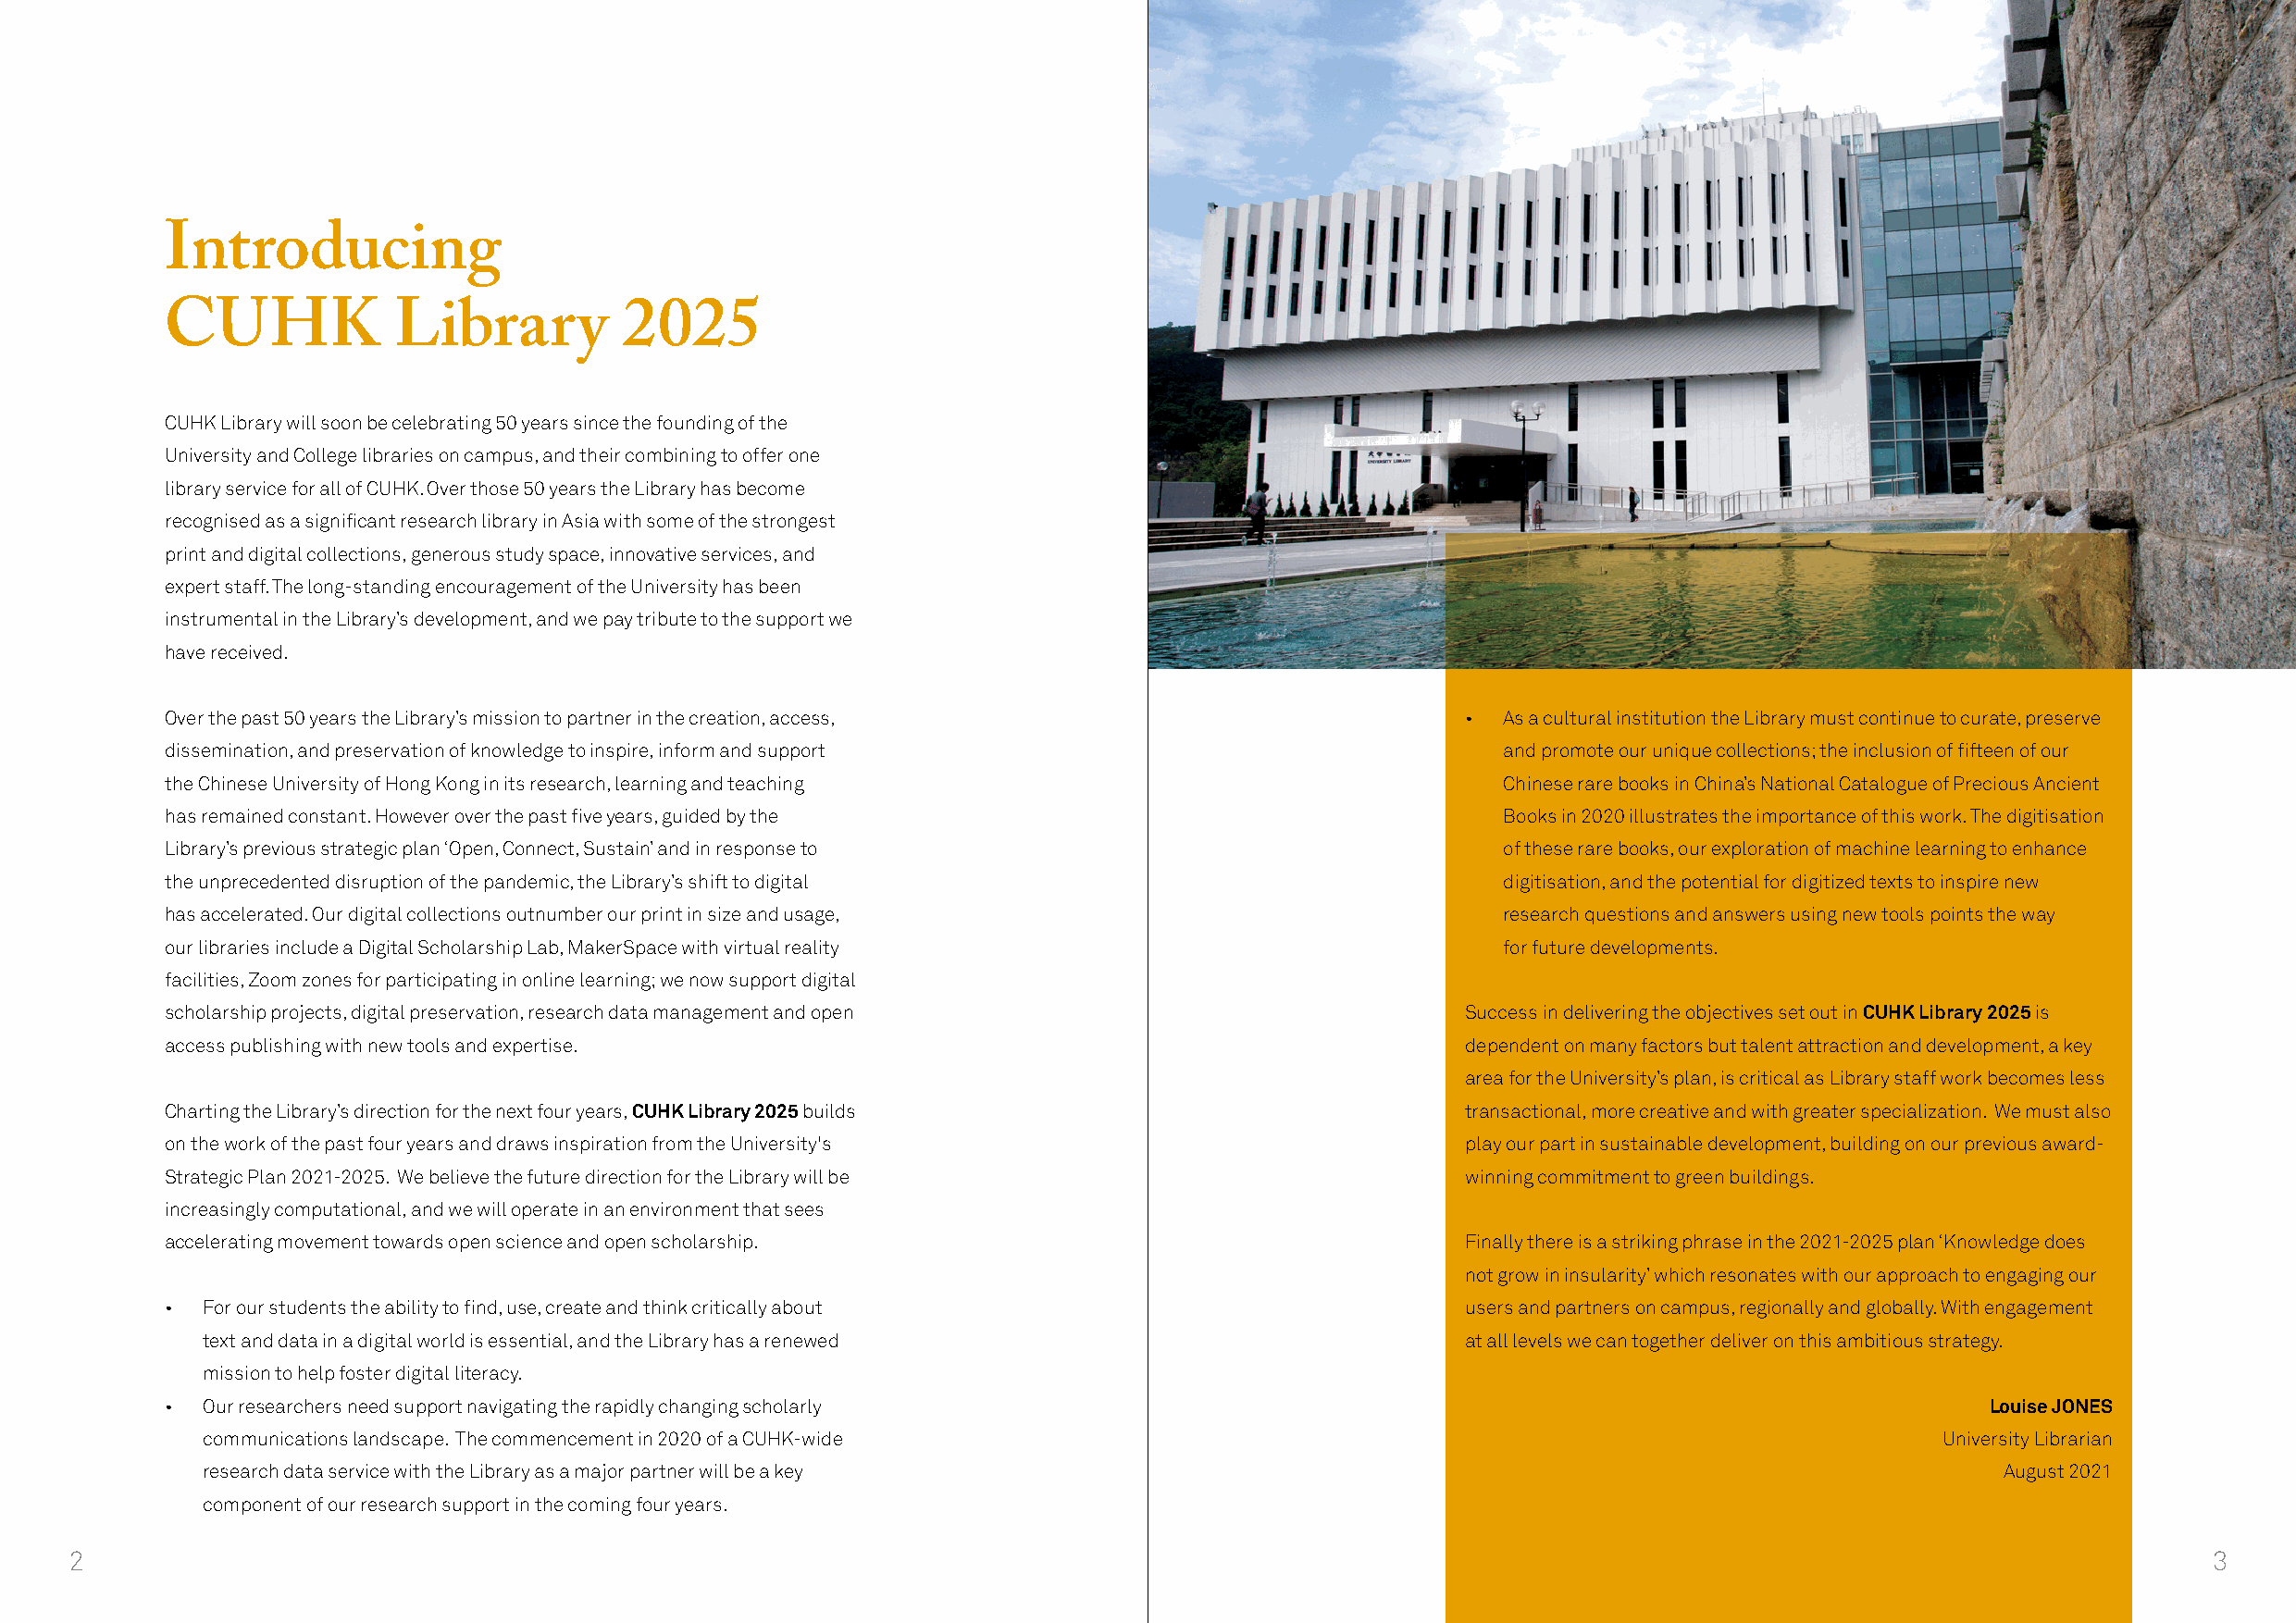
Introducing
 CUHK            Library          2025
 CUHK Library will soon be celebrating 50 years since the founding of the
 University and College libraries on campus, and their combining to offer one
 library service for all of CUHK. Over those 50 years the Library has become
 recognised as a significant research library in Asia with some of the strongest
 print and digital collections, generous study space, innovative services, and
 expert staff. The long-standing encouragement of the University has been
 instrumental in the Library’s development, and we pay tribute to the support we
 have received.
 Over the past 50 years the Library’s mission to partner in the creation, access,             •  As a cultural institution the Library must continue to curate, preserve
 dissemination, and preservation of knowledge to inspire, inform and support                     and promote our unique collections; the inclusion of fifteen of our
 the Chinese University of Hong Kong in its research, learning and teaching                      Chinese rare books in China’s National Catalogue of Precious Ancient
 has remained constant. However over the past five years, guided by the                          Books in 2020 illustrates the importance of this work. The digitisation
 Library’s previous strategic plan ‘Open, Connect, Sustain’ and in response to                   of these rare books, our exploration of machine learning to enhance
 the unprecedented disruption of the pandemic, the Library’s shift to digital                    digitisation, and the potential for digitized texts to inspire new
 has accelerated. Our digital collections outnumber our print in size and usage,                 research questions and answers using new tools points the way
 our libraries include a Digital Scholarship Lab, MakerSpace with virtual reality                for future developments.
 facilities, Zoom zones for participating in online learning; we now support digital
 scholarship projects, digital preservation, research data management and open                Success in delivering the objectives set out in CUHK Library 2025 is
 access publishing with new tools and expertise.                                              dependent on many factors but talent attraction and development, a key
 area for the University’s plan, is critical as Library staff work becomes less
 Charting the Library’s direction for the next four years, CUHK Library 2025 builds           transactional, more creative and with greater specialization. We must also
 on the work of the past four years and draws inspiration from the University's               play our part in sustainable development, building on our previous award-
 Strategic Plan 2021-2025. We believe the future direction for the Library will be            winning commitment to green buildings.
 increasingly computational, and we will operate in an environment that sees
 accelerating movement towards open science and open scholarship.                             Finally there is a striking phrase in the 2021-2025 plan ‘Knowledge does
 not grow in insularity’ which resonates with our approach to engaging our
 •  For our students the ability to find, use, create and think critically about              users and partners on campus, regionally and globally. With engagement
 text and data in a digital world is essential, and the Library has a renewed              at all levels we can together deliver on this ambitious strategy.
 mission to help foster digital literacy.
 •  Our researchers need support navigating the rapidly changing scholarly                                                         Louise JONES
 communications landscape. The commencement in 2020 of a CUHK-wide                                                           University Librarian
 research data service with the Library as a major partner will be a key                                                         August 2021
 component of our research support in the coming four years.
 2                                                                                                                                                        3